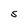
Character: S